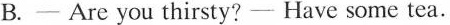
B. ---Are you thirsty? ---Have some tea.